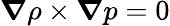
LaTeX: {\boldsymbol{\nabla}}\rho\times{\boldsymbol{\nabla}}p=0